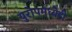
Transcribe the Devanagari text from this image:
युरोपमध्येही